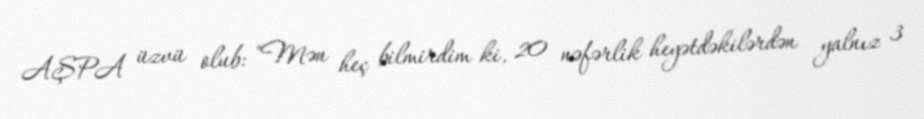
AŞPA üzvü olub: "Mən heç bilmirdim ki, 20 nəfərlik heyətdəkilərdən yalnız 3